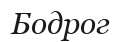
Бодрог